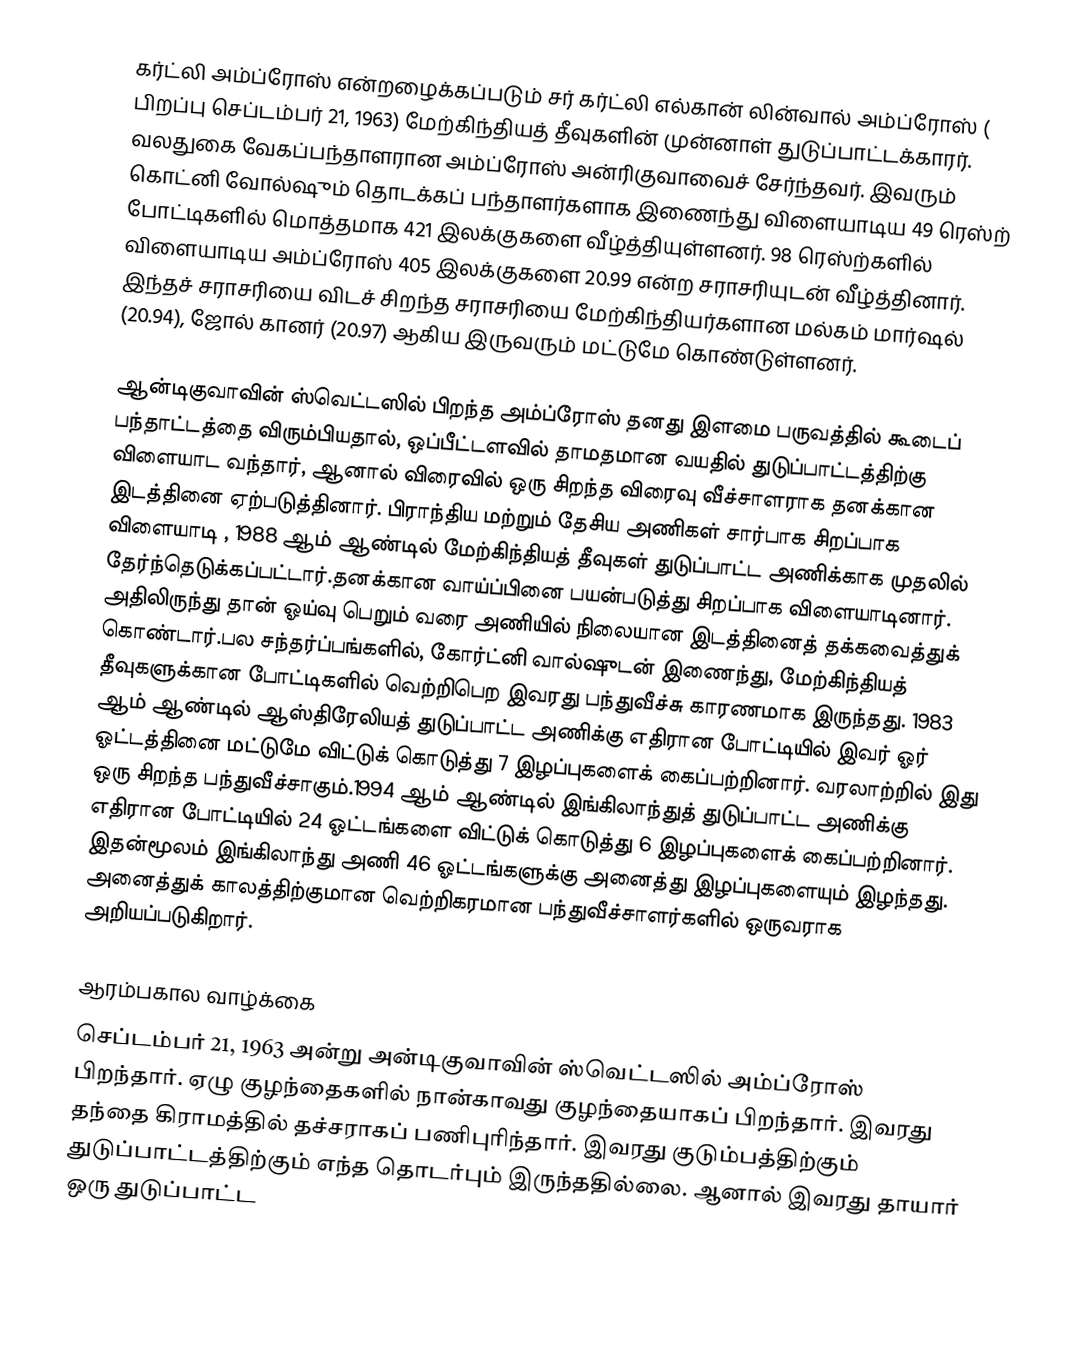
கர்ட்லி அம்ப்ரோஸ் என்றழைக்கப்படும் சர் கர்ட்லி எல்கான் லின்வால் அம்ப்ரோஸ் ( பிறப்பு செப்டம்பர் 21, 1963) மேற்கிந்தியத் தீவுகளின் முன்னாள் துடுப்பாட்டக்காரர். வலதுகை வேகப்பந்தாளரான அம்ப்ரோஸ் அன்ரிகுவாவைச் சேர்ந்தவர். இவரும் கொட்னி வோல்ஷும் தொடக்கப் பந்தாளர்களாக இணைந்து விளையாடிய 49 ரெஸ்ற் போட்டிகளில் மொத்தமாக 421 இலக்குகளை வீழ்த்தியுள்ளனர். 98 ரெஸ்ற்களில் விளையாடிய அம்ப்ரோஸ் 405 இலக்குகளை 20.99 என்ற சராசரியுடன் வீழ்த்தினார். இந்தச் சராசரியை விடச் சிறந்த சராசரியை மேற்கிந்தியர்களான மல்கம் மார்ஷல் (20.94), ஜோல் கானர் (20.97) ஆகிய இருவரும் மட்டுமே கொண்டுள்ளனர்.

ஆன்டிகுவாவின் ஸ்வெட்டஸில் பிறந்த அம்ப்ரோஸ் தனது இளமை பருவத்தில் கூடைப் பந்தாட்டத்தை விரும்பியதால், ஒப்பீட்டளவில் தாமதமான வயதில் துடுப்பாட்டத்திற்கு விளையாட வந்தார், ஆனால் விரைவில் ஒரு சிறந்த விரைவு வீச்சாளராக தனக்கான இடத்தினை ஏற்படுத்தினார். பிராந்திய மற்றும் தேசிய அணிகள் சார்பாக சிறப்பாக விளையாடி , 1988 ஆம் ஆண்டில் மேற்கிந்தியத் தீவுகள் துடுப்பாட்ட அணிக்காக முதலில் தேர்ந்தெடுக்கப்பட்டார்.தனக்கான வாய்ப்பினை பயன்படுத்து சிறப்பாக விளையாடினார். அதிலிருந்து தான் ஓய்வு பெறும் வரை அணியில் நிலையான இடத்தினைத் தக்கவைத்துக் கொண்டார்.பல சந்தர்ப்பங்களில், கோர்ட்னி வால்ஷுடன் இணைந்து, மேற்கிந்தியத் தீவுகளுக்கான போட்டிகளில் வெற்றிபெற இவரது பந்துவீச்சு காரணமாக இருந்தது. 1983 ஆம் ஆண்டில் ஆஸ்திரேலியத் துடுப்பாட்ட அணிக்கு எதிரான போட்டியில் இவர் ஓர் ஓட்டத்தினை மட்டுமே விட்டுக் கொடுத்து 7 இழப்புகளைக் கைப்பற்றினார். வரலாற்றில் இது ஒரு சிறந்த பந்துவீச்சாகும்.1994 ஆம் ஆண்டில் இங்கிலாந்துத் துடுப்பாட்ட அணிக்கு எதிரான போட்டியில் 24 ஓட்டங்களை விட்டுக் கொடுத்து 6 இழப்புகளைக் கைப்பற்றினார். இதன்மூலம் இங்கிலாந்து அணி 46 ஓட்டங்களுக்கு அனைத்து இழப்புகளையும் இழந்தது. அனைத்துக் காலத்திற்குமான வெற்றிகரமான பந்துவீச்சாளர்களில் ஒருவராக அறியப்படுகிறார்.

ஆரம்பகால வாழ்க்கை
செப்டம்பர் 21, 1963 அன்று அன்டிகுவாவின் ஸ்வெட்டஸில் அம்ப்ரோஸ் பிறந்தார்.  ஏழு குழந்தைகளில் நான்காவது குழந்தையாகப் பிறந்தார். இவரது தந்தை கிராமத்தில் தச்சராகப் பணிபுரிந்தார். இவரது குடும்பத்திற்கும் துடுப்பாட்டத்திற்கும் எந்த தொடர்பும் இருந்ததில்லை. ஆனால் இவரது தாயார் ஒரு துடுப்பாட்ட